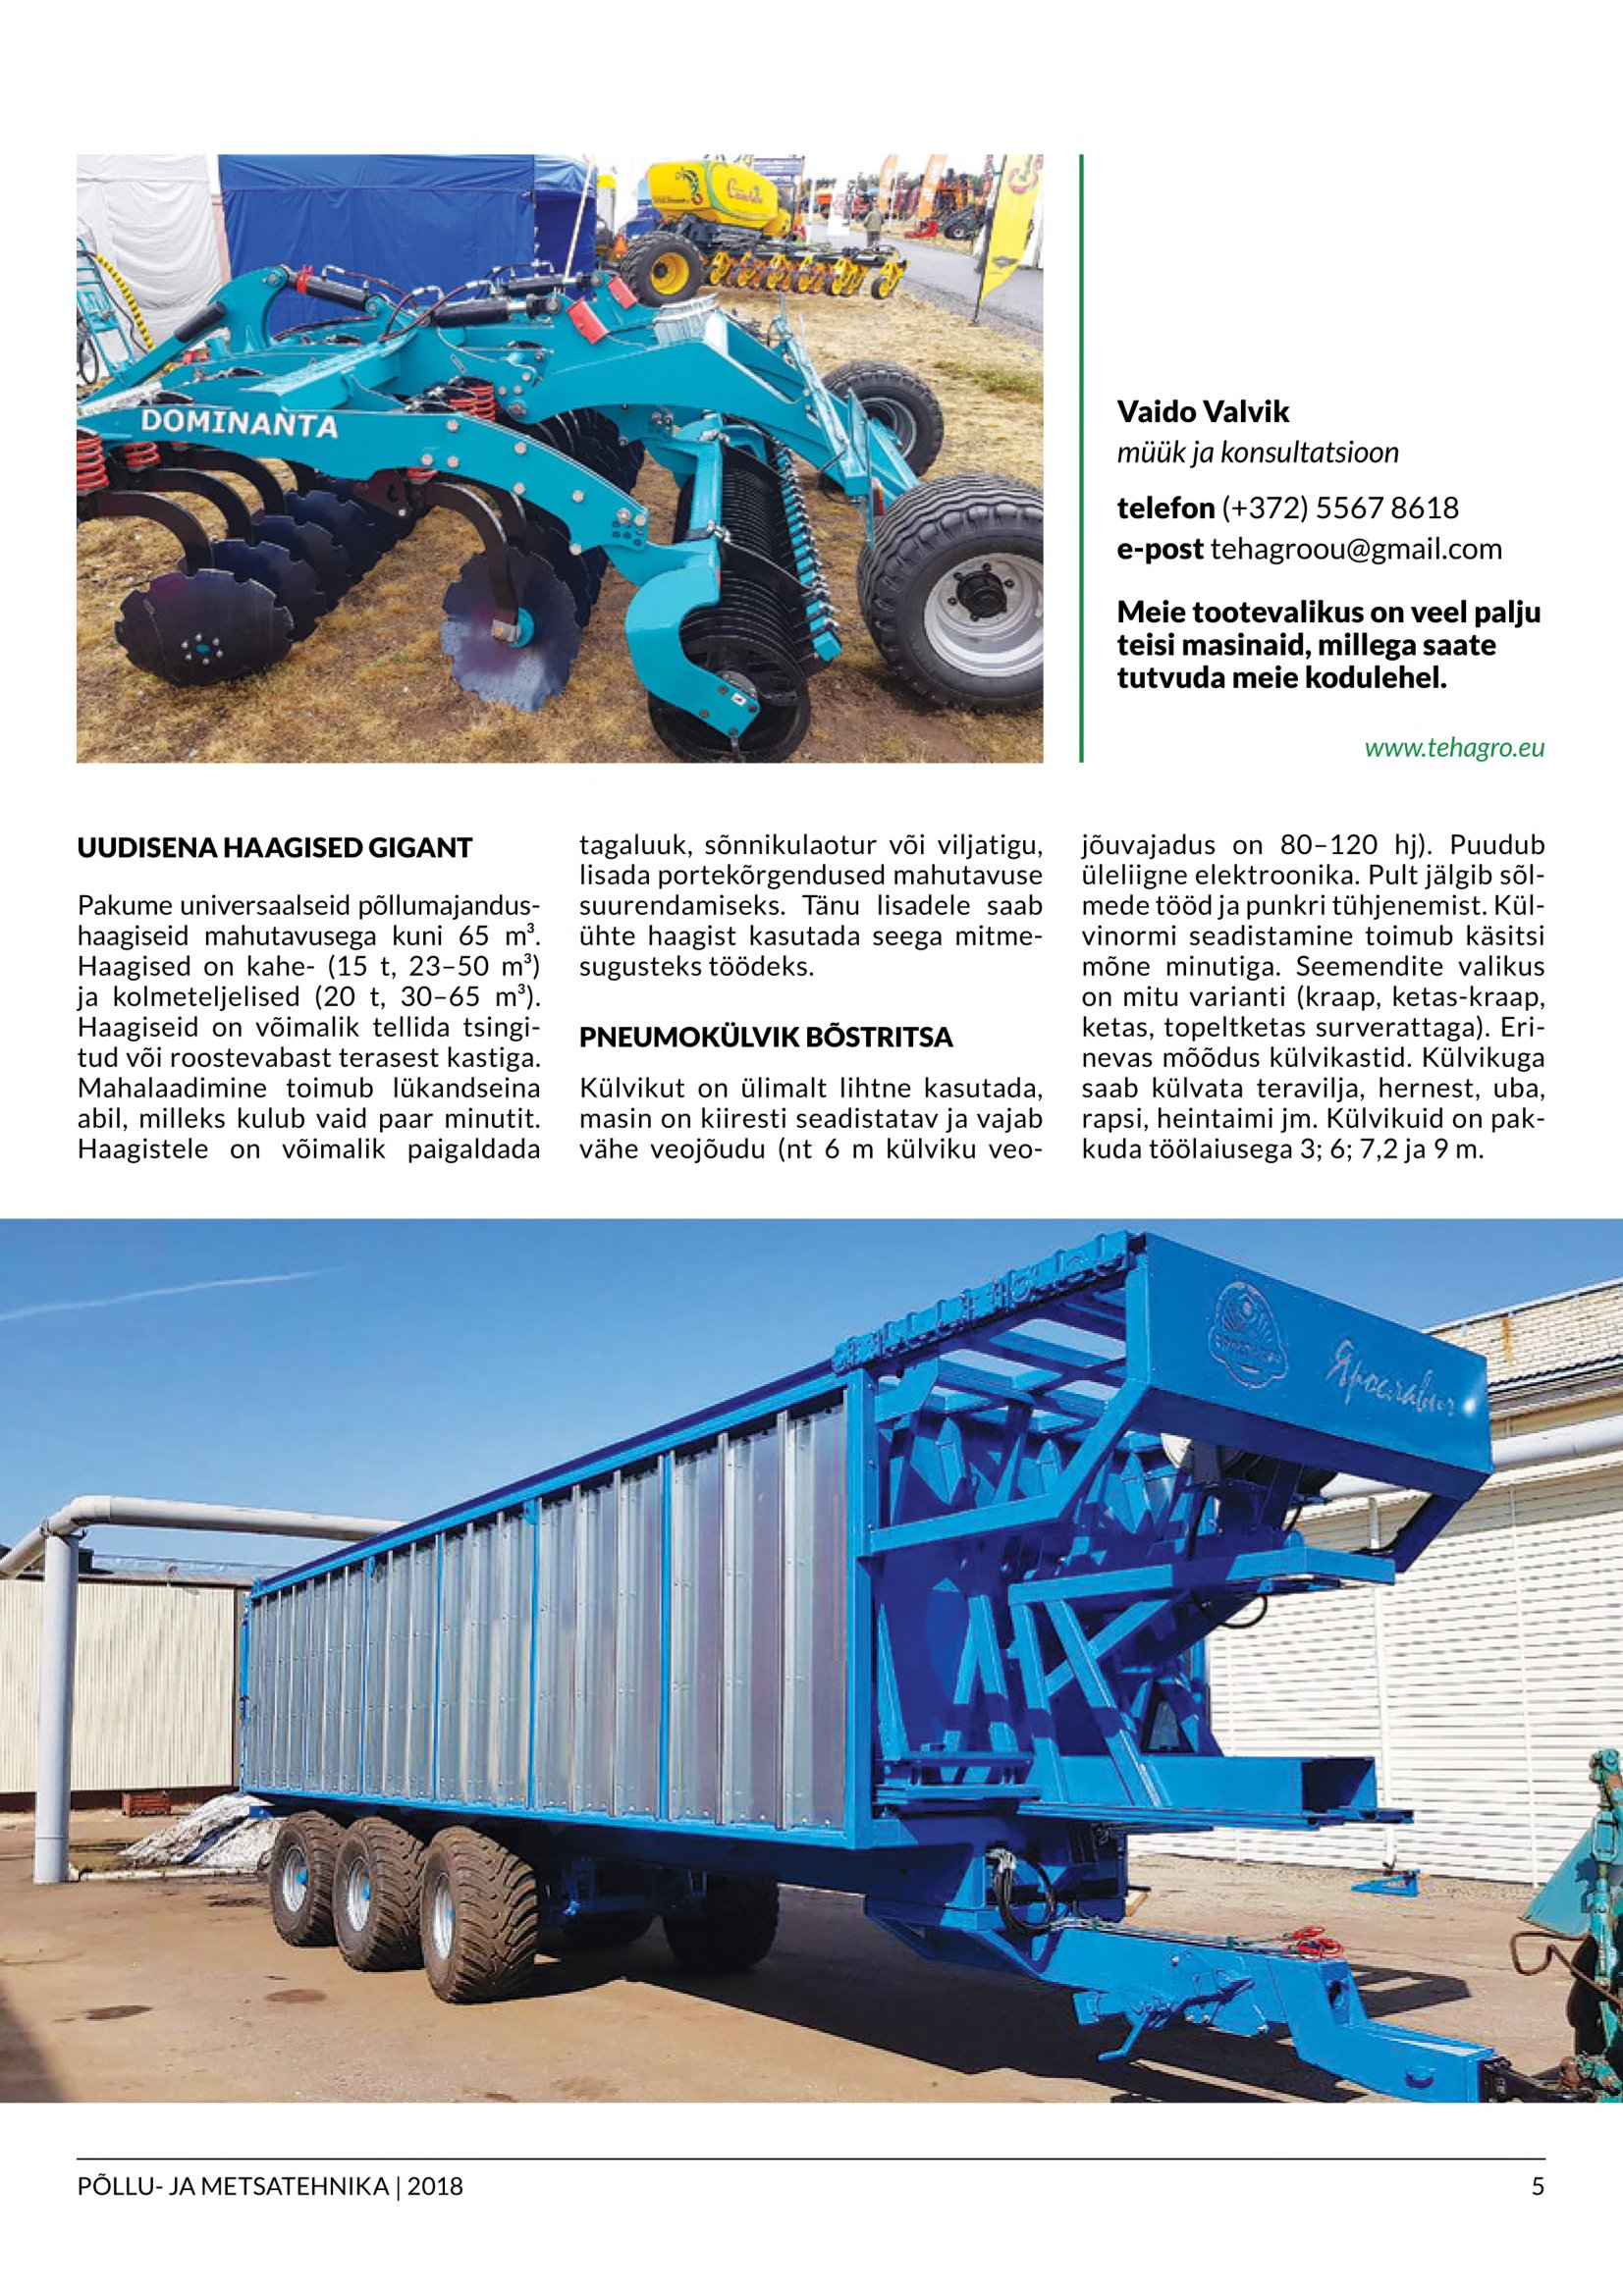
Language: et